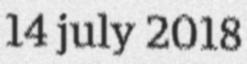
14 july 2018